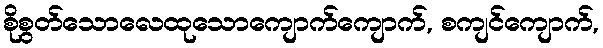
စိုစွတ်သောလေထုသောကျောက်ကျောက်, စကျင်ကျောက်,